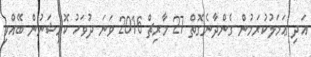
އަދި ޢަމަލުކުރަމުން ގެންދާނެގޮތް 27 މާރިޗް 2016 ވަނަ ދުވަހު ކޮމިޝަނުން ބޭއްވި